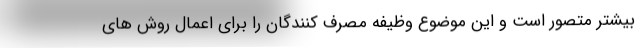
بیشتر متصور است و این موضوع وظیفه مصرف کنندگان را برای اعمال روش های